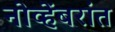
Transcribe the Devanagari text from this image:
नोव्हेंबरांत